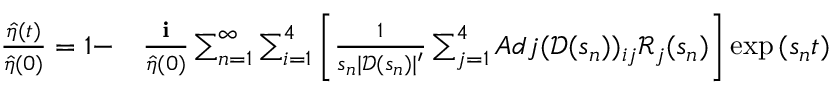
\begin{array} { r l } { \frac { \hat { \eta } ( t ) } { \hat { \eta } ( 0 ) } = 1 - } & { { } \frac { \textbf { i } } { \hat { \eta } ( 0 ) } \sum _ { n = 1 } ^ { \infty } \sum _ { i = 1 } ^ { 4 } \Bigg [ \frac { 1 } { s _ { n } | \mathscr { D } ( s _ { n } ) | ^ { \prime } } \sum _ { j = 1 } ^ { 4 } A d j ( \mathscr { D } ( s _ { n } ) ) _ { i j } \mathscr { R } _ { j } ( s _ { n } ) \Bigg ] \exp { ( s _ { n } t ) } } \end{array}